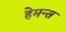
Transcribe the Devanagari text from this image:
हेमन्स